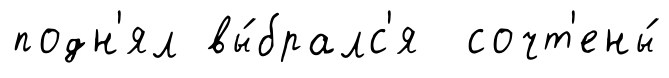
подн'ял вы́бралс'я сочт'ены́